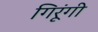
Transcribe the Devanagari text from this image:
गिरूंगी